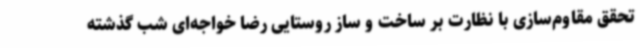
تحقق مقاوم‌سازی با نظارت بر ساخت‌ و ساز روستایی رضا خواجه‌ای شب گذشته